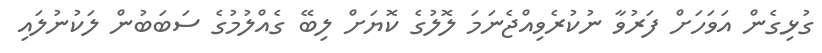
ގުޅިގެން އަވަހަށް ފަރުވާ ނުކުރެވިއްޖެނަމަ ލޮލުގެ ކޮޔަށް ލިބޭ ގެއްލުމުގެ ސަބަބުން ލަކުނުލައި